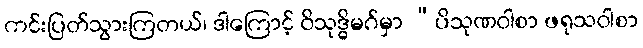
ကင်းပြတ်သွားကြတယ်၊ ဒါကြောင့် ဝိသုဒ္ဓိမဂ်မှာ “ပိသုဏဝါစာ ဖရုသဝါစာ